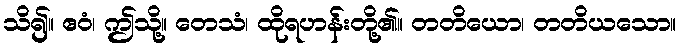
သိ၍။ ဧဝံ၊ ဤသို့။ တေသံ၊ ထိုရဟန်းတို့၏။ တတိယော၊ တတိယသော။